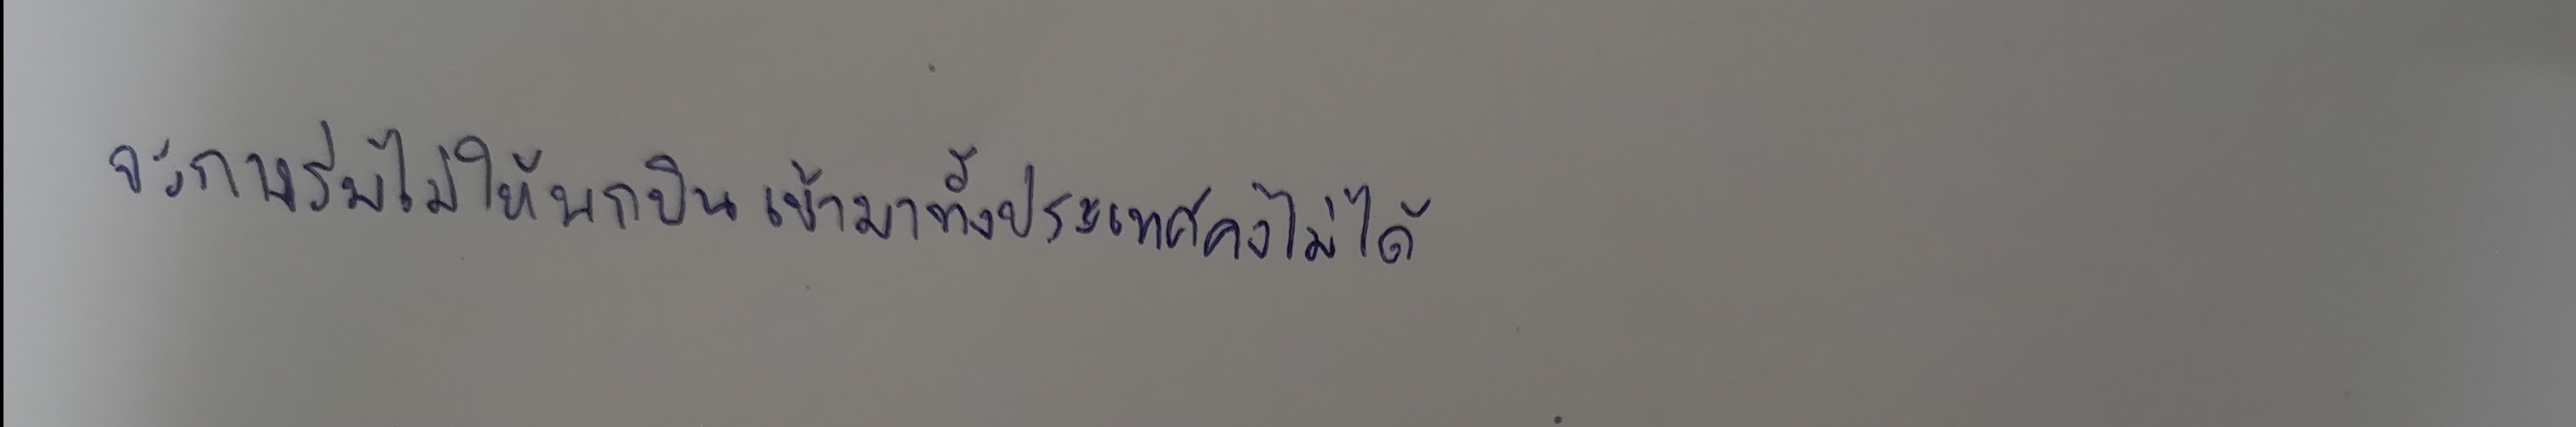
จะกางร่มไม่ให้นกบินเข้ามาทั้งประเทศคงทำไม่ได้